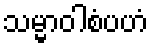
သမ္မာဝါစံပဟံ